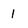
Character: 1